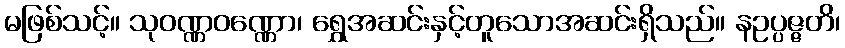
မဖြစ်သင့်။ သုဝဏ္ဏဝဏ္ဏော၊ ရွှေအဆင်းနှင့်တူသောအဆင်းရှိသည်။ နဥပ္ပဇ္ဇတိ၊